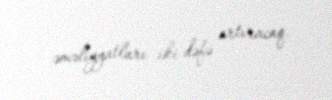
əməliyyatları iki dəfə artıracaq.